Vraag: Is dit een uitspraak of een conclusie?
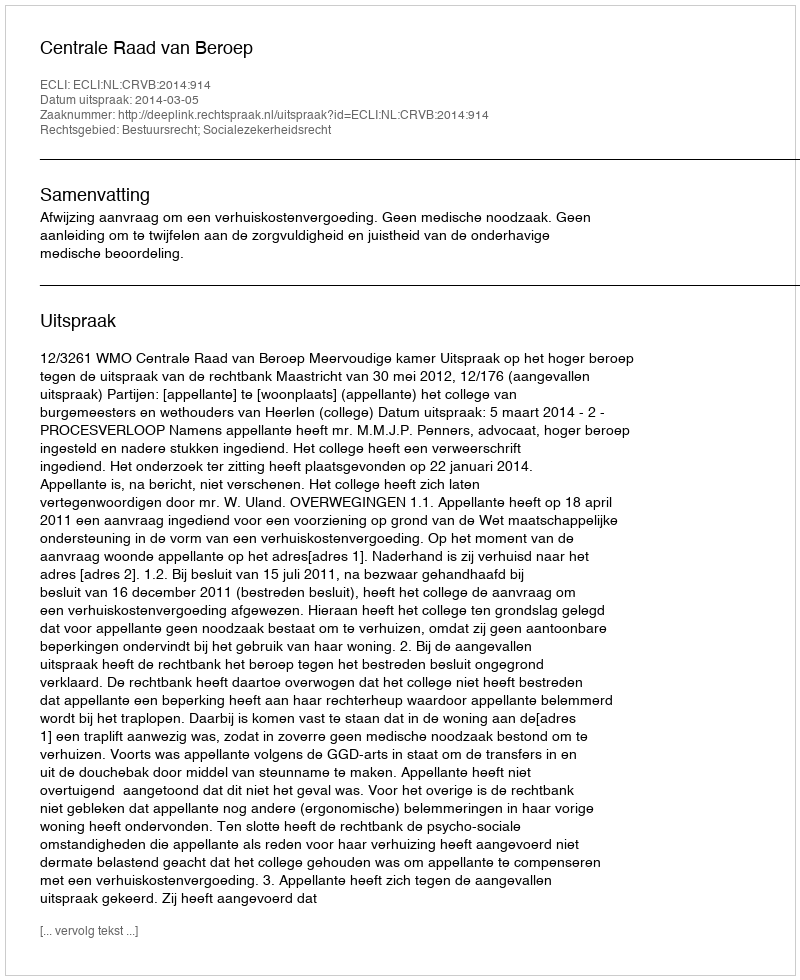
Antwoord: Uitspraak